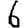
Digit: 6